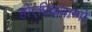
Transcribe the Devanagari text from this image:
होएरिकवाग्गो